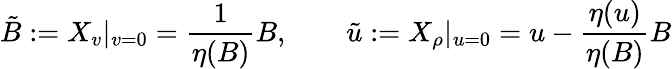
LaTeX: {\tilde{B}}:=X_{v}|_{v=0}=\frac{1}{\eta(B)}B,\qquad\tilde{u}:=X_{\rho}|_{u=0}=u-\frac{\eta(u)}{\eta(B)}B